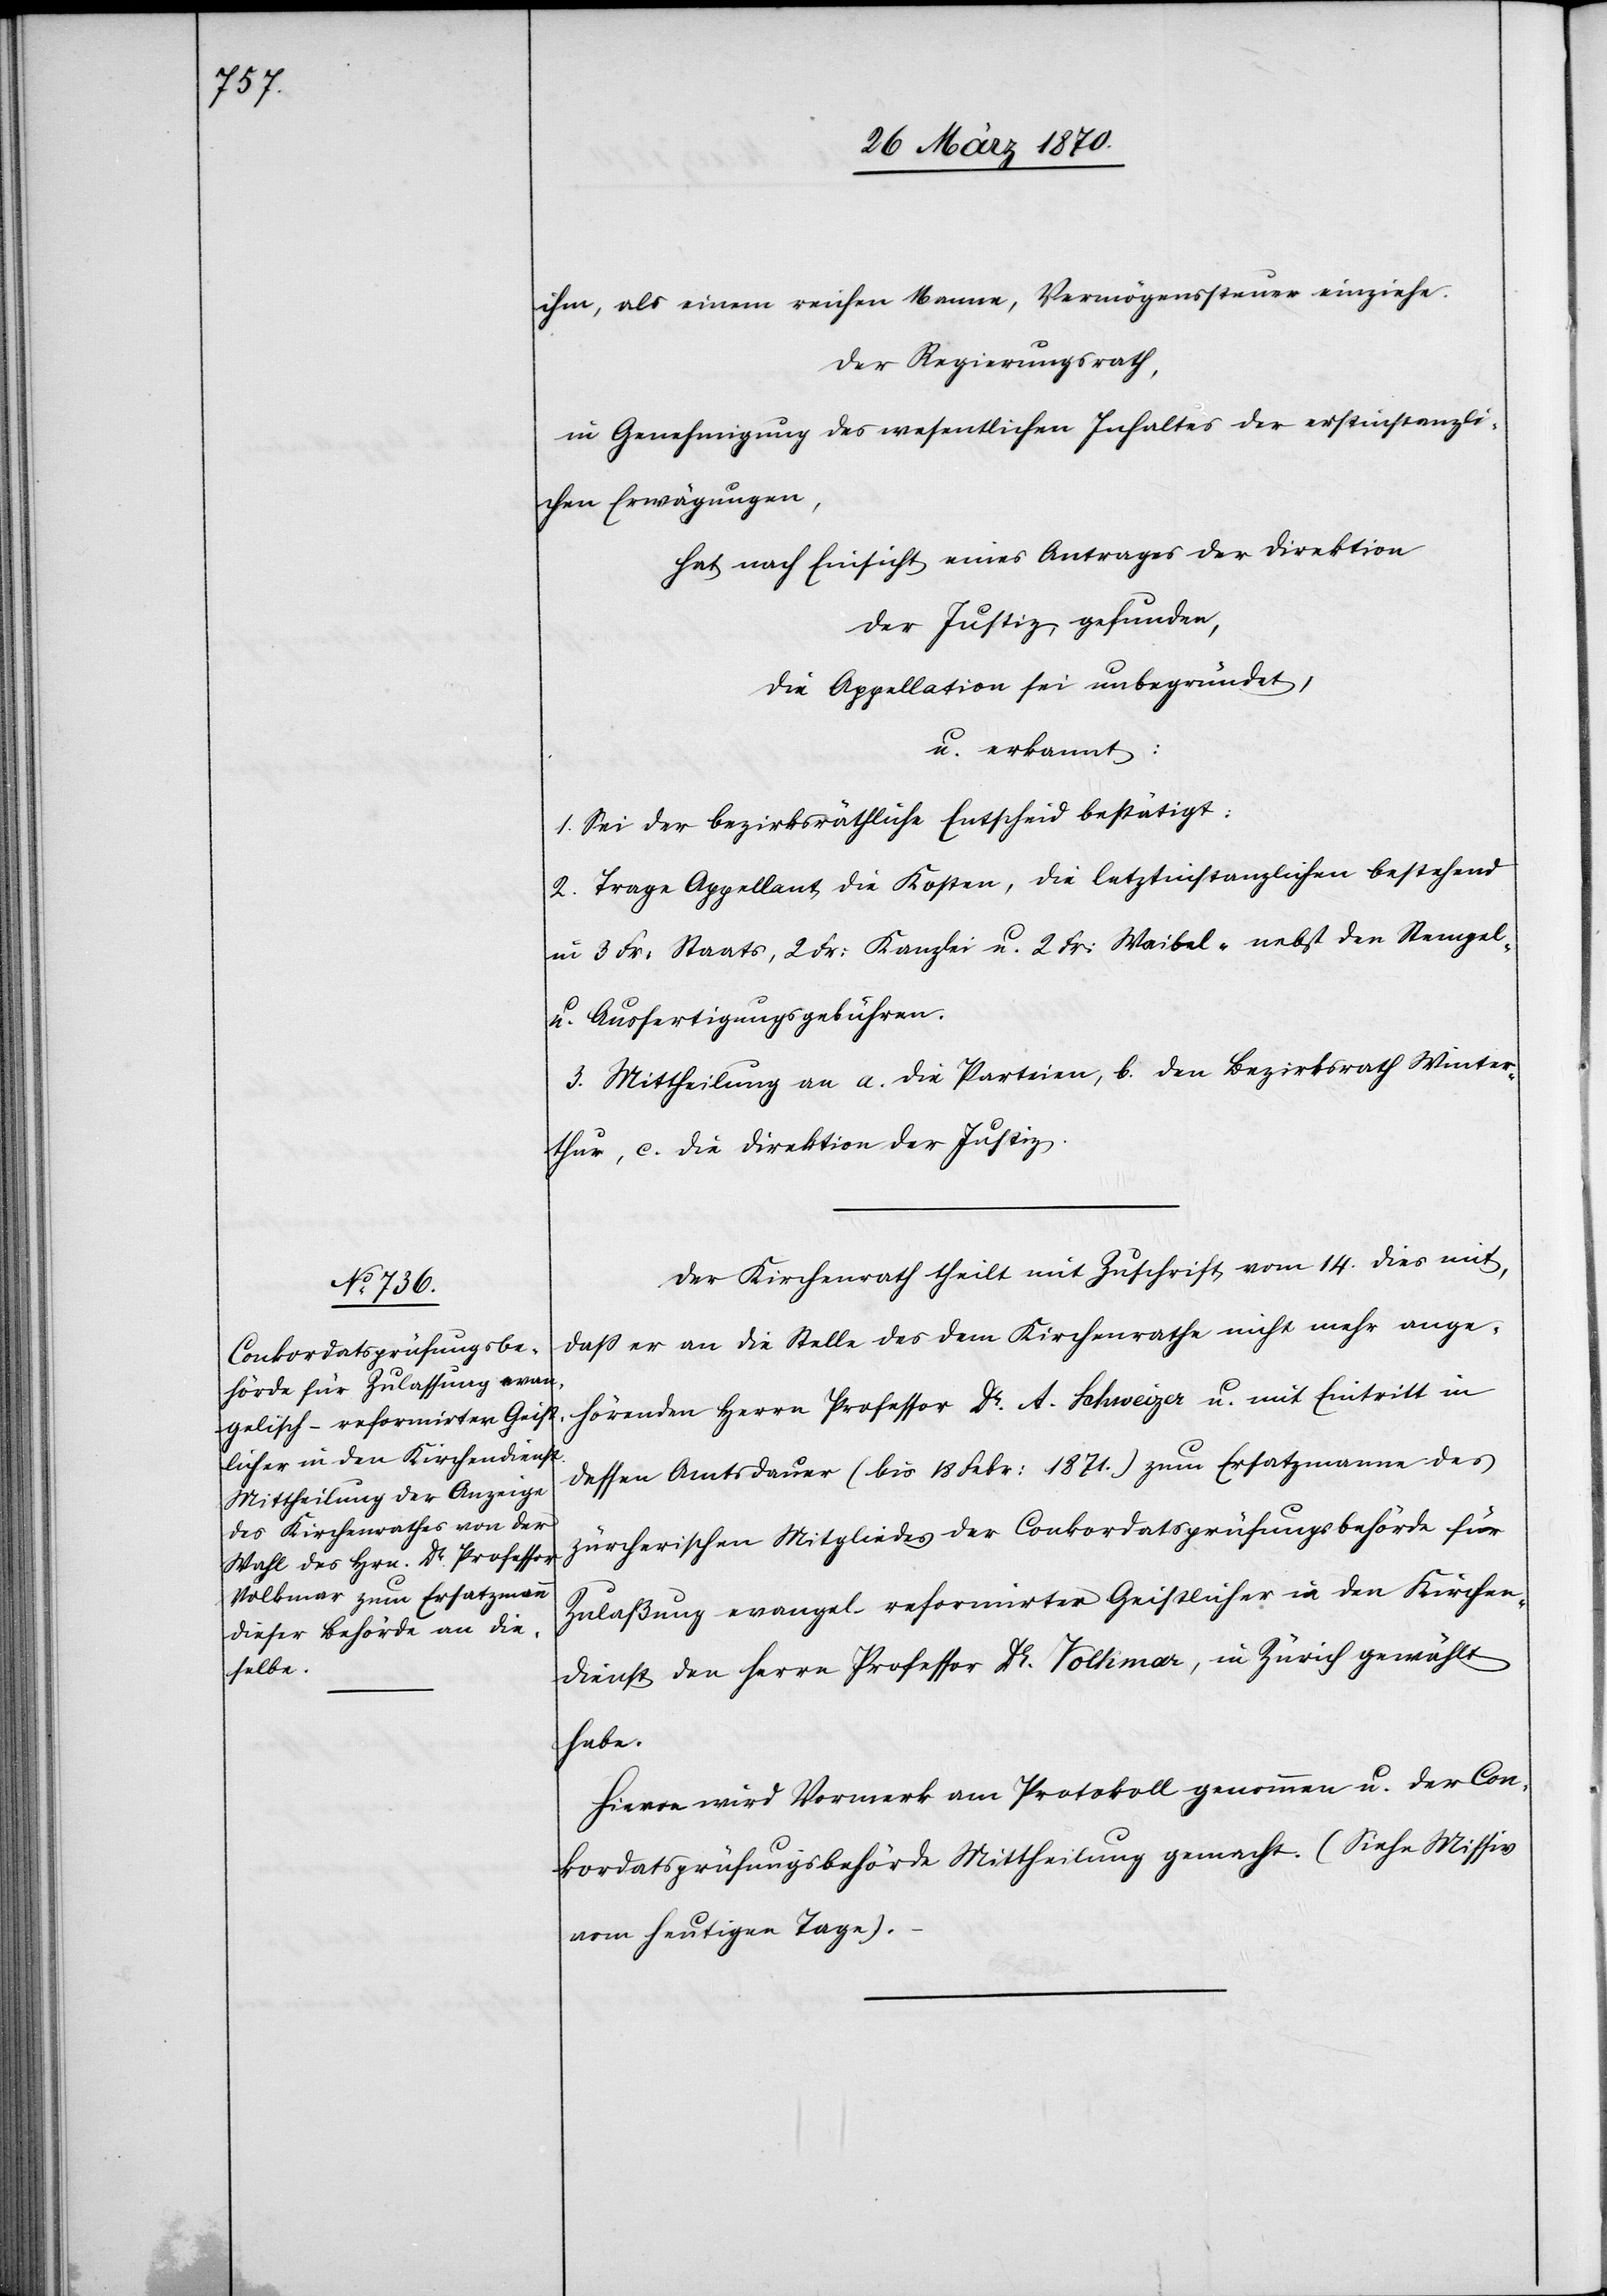
ihm, als einem reichen Mann, Vermögenssteuer einziehe.
Der Regierungsrath,
in Genehmigung des wesentlichen Inhaltes der erstinstanzli¬
chen Erwägungen,
hat nach Einsicht eines Antrages der Direktion
der Justiz, gefunden,
die Appellation sein unbegründet,
u. erkannt:
1. Sei der bezirksräthliche Entscheid bestätigt.
2. Trage Appellant die Kosten, die letztinstanzlichen bestehend
in 3 Fr: Staats[-], 2 Fr: Kanzlei[-] u. 2 Fr: Waibel- nebst den Stempel-
u. Ausfertigungsgebühren.
3. Mittheilung an a. die Parteien, b. den Bezirksrath Winter¬
thur, c. die Direktion der Justiz.
Der Kirchenrath theilt mit Zuschrift vom 14. dies mit,
daß er an die Stelle des dem Kirchenrathe nicht mehr ange¬
hörenden Herrn Professor Dr. A. Schweizer u. mit Eintritt in
dessen Amtsdauer (bis 18 Febr: 1871.) zum Ersatzmann des
zürcherischen Mitgliedes der Conkordatsprüfungsbehörde für
Zulaßung evangel. reformirter Geistlicher in den Kirchen¬
dienst den Herrn Professor Dr. Volkmar, in Zürich gewählt
habe.
Hievon wird Vormerk am Protokoll genommen u. der Con¬
kordatsprüfungsbehörde Mittheilung gemacht. (Siehe Missiv
vom heutigen Tage).